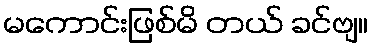
မကောင်းဖြစ်မိ တယ် ခင်ဗျ။